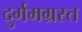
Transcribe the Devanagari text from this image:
दुर्गमग्रस्त